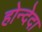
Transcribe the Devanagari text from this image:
होन्देदा